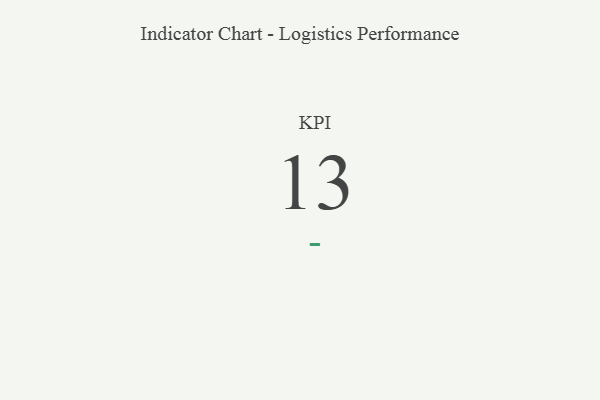
{"axis": {"x": "KPI", "y": "Value"}, "legend": [""], "data": [{"x": "KPI", "y": 13, "type": ""}]}